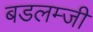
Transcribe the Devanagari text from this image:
बडलम्जी